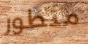
متطور